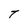
Character: T